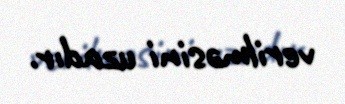
verilməsini uzadır.